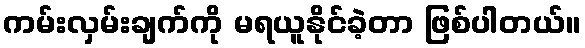
ကမ်းလှမ်းချက်ကို မရယူနိုင်ခဲ့တာ ဖြစ်ပါတယ်။